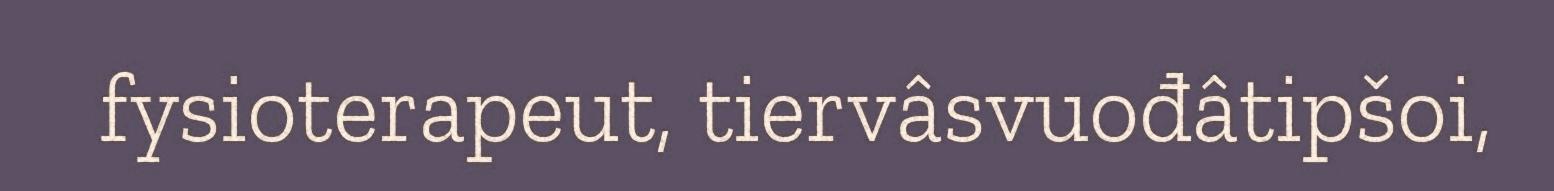
fysioterapeut, tiervâsvuođâtipšoi,